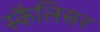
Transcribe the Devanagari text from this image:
स्कैलिसर